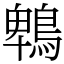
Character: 鵯